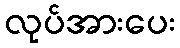
လုပ်အားပေး